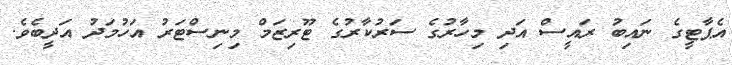
އެޕާޓީގެ ނައިބު ރައީސް އަދި މިހާރުގެ ސަރުކާރުގެ ޓޫރިޒަމް މިނިސްޓަރު އަހުމަދު އަދީބެވެ.